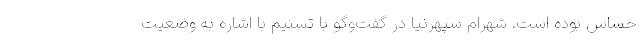
حساس بوده است. شهرام سپهرنیا در گفت‌وگو با تسنیم با اشاره به وضعیت